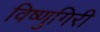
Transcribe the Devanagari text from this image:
विष्णुगिरी